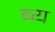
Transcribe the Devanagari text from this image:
ब्य